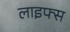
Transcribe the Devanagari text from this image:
लाइफ्स